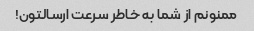
ممنونم از شما به خاطر سرعت ارسالتون!